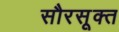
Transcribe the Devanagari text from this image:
सौरसूक्त